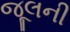
જૂલની